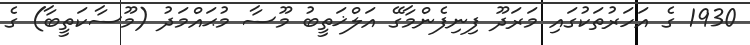
1930 ގެ އަހަރުތަކުގައި މަރަދޫ ފިނިފެންމާގޭ އަލްޚަތީބު މޫސާ މުޙައްމަދު (މޫސާކަތީބާ) ގެ